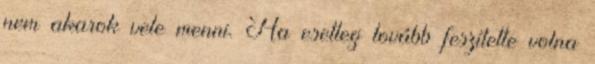
nem akarok vele menni. Ha esetleg tovább feszítette volna